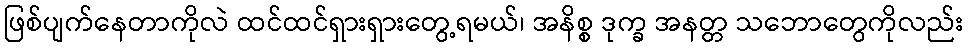
ဖြစ်ပျက်နေတာကိုလဲ ထင်ထင်ရှားရှားတွေ့ရမယ်၊ အနိစ္စ ဒုက္ခ အနတ္တ သဘောတွေကိုလည်း